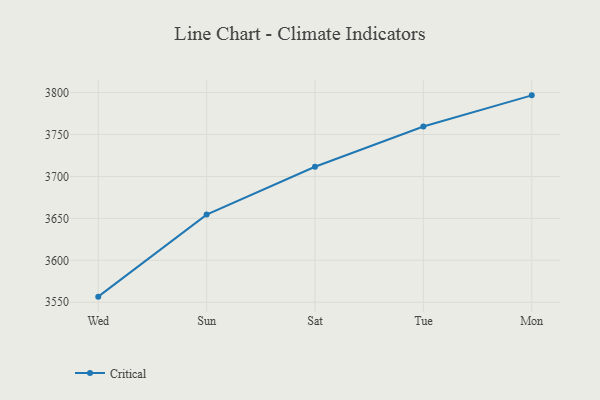
{"axis": {"x": "Day", "y": "Demand Index"}, "legend": ["Critical"], "data": [{"x": "Wed", "y": 3556.7, "type": "Critical"}, {"x": "Sun", "y": 3654.5, "type": "Critical"}, {"x": "Sat", "y": 3711.6, "type": "Critical"}, {"x": "Tue", "y": 3759.5, "type": "Critical"}, {"x": "Mon", "y": 3796.7, "type": "Critical"}]}